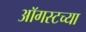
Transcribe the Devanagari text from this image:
आॅगस्टच्या